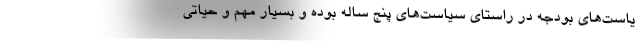
یاست‌های بودجه در راستای سیاست‌های پنج ساله بوده و بسیار مهم و حیاتی